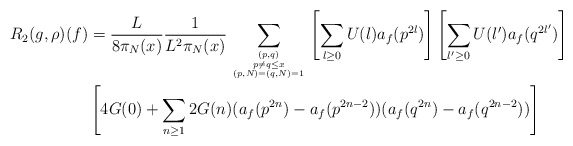
\begin{align*}R_2(g,\rho)(f) &= \frac{L}{8\pi_N(x)}\frac{1}{L^2 \pi_N(x)}\sum_{(p,q) \atop {p \neq q \leq x \atop{(p,N) = (q,N) = 1}}} \left[ \sum_{l \geq 0} U(l) a_f(p^{2l}) \right] \left[ \sum_{l' \geq 0} U(l') a_f(q^{2l'}) \right] \\&\left[4 G(0) + \sum_{n \geq 1} 2G(n)(a_f(p^{2n}) - a_f(p^{2n-2}))(a_f(q^{2n}) - a_f(q^{2n-2}))\right] \\\end{align*}